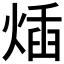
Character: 𤊿